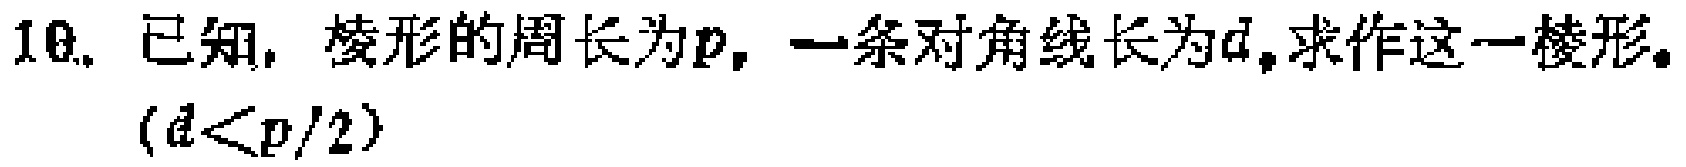
10. 已知， 棱形的周长为\(p\)，一条对角线长为\(d\)，求作这一棱形。
\((d < p/2)\)